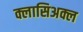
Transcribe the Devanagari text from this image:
क्लासिअक्ल